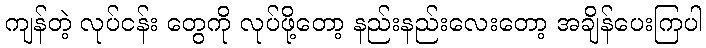
ကျန်တဲ့ လုပ်ငန်း တွေကို လုပ်ဖို့တော့ နည်းနည်းလေးတော့ အချိန်ပေးကြပါ